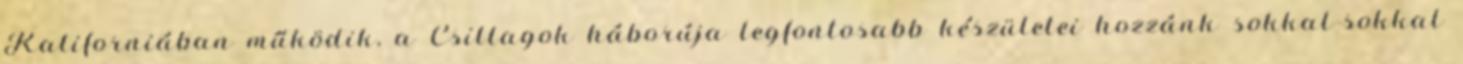
Kaliforniában működik, a Csillagok háborúja legfontosabb készületei hozzánk sokkal-sokkal